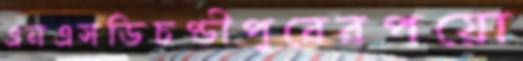
এনএসডিচণ্ডীপুরেরপয়ো